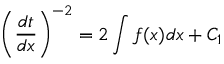
\left( { \frac { d t } { d x } } \right) ^ { - 2 } = 2 \int f ( x ) d x + C _ { 1 }